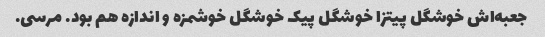
جعبه‌اش خوشگل پیتزا خوشگل پیک خوشگل خوشمزه و اندازه هم بود. مرسی.